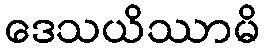
ဒေသယိဿာမိ